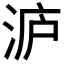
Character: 𭰢